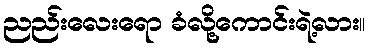
ညည်းလေးရော ခံလို့ကောင်းရဲ့လား။